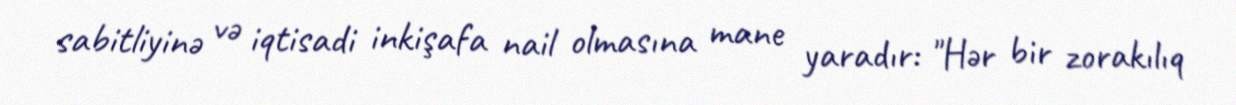
sabitliyinə və iqtisadi inkişafa nail olmasına mane yaradır: "Hər bir zorakılıq